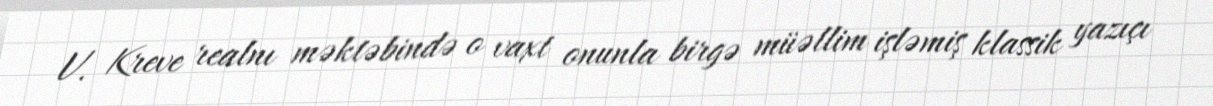
V. Kreve realnı məktəbində o vaxt onunla birgə müəllim işləmiş klassik yazıçı